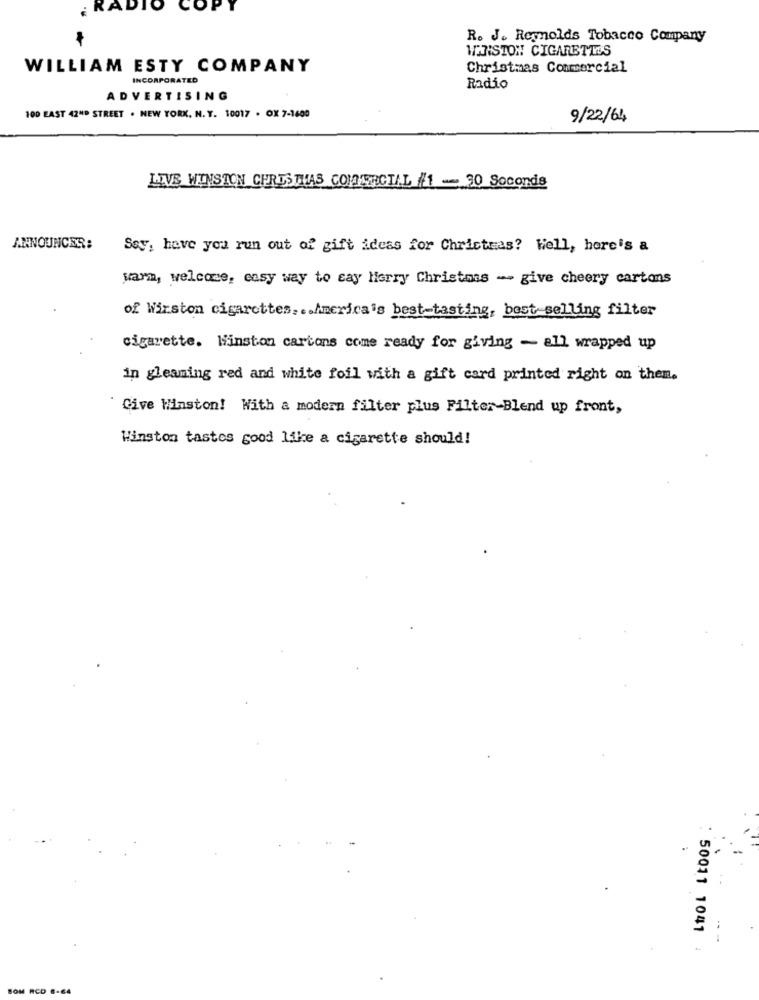
¿RADI
10
OF
R. J. Reynolds Tobacco Company
WANISTON CIGARETTES
WILLIAM ESTY COMPANY
Christmas Commercial
INCORPORATED
Radio
ADVERTISING
100 EAST 42"P STREET . NEW YORK. N. Y. 10017 . OX 7-1600
9/22/64
LIVE WINSTON CHRISTMAS COMERCIAL /1 - 30 Seconds
ANNOUNCER:
Sey, have you run out of gift ideas for Christmas? Well, here's a
warm, welcome, easy way to cay Merry Christmas - give cheery cartons
of Wirston cigarettes .. America's best-tasting, best selling filter
cigarette. Winston cartons come ready for giving - all wrapped up
in gleaming red and white foil with a gift card printed right on them.
Give Winston! With a modern filter plus Filter-Blend up front,
Winston tastes good like a cigarette should!
50011 1041
BOM RCD 6-64